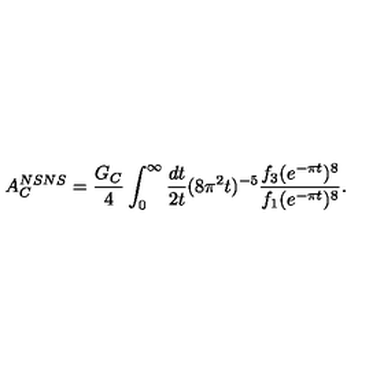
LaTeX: A _ { C } ^ { N S N S } = { \frac { G _ { C } } { 4 } } \int _ { 0 } ^ { \infty } { \frac { d t } { 2 t } } ( 8 \pi ^ { 2 } t ) ^ { - 5 } { \frac { f _ { 3 } ( e ^ { - \pi t } ) ^ { 8 } } { f _ { 1 } ( e ^ { - \pi t } ) ^ { 8 } } } .